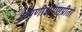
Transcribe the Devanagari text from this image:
क्षेपणीक्षेपणप्रीतो